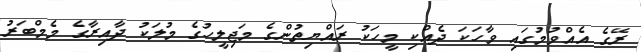
ރޭގެ އެއްވުމުގައި ވާހަކަ ދެއްކި މީހަކު ރައްޔިތުންގެ މަޖިލީހުގެ މުލަކު ދާއިރާގެ މެމްބަރު